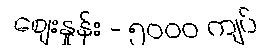
စျေးနှုန်း - ၅၀၀၀ ကျပ်